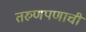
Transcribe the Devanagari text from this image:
तरुणपणाची